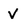
Character: V